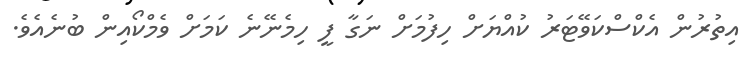
އިތުރުން އެކްސްކަވޭޓަރު ކުއްޔަށް ހިފުމަށް ނަގާ ފީ ހިމެނޭނެ ކަމަށް ވެމްކޯއިން ބުނެއެވެ.